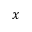
x